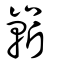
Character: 嶄